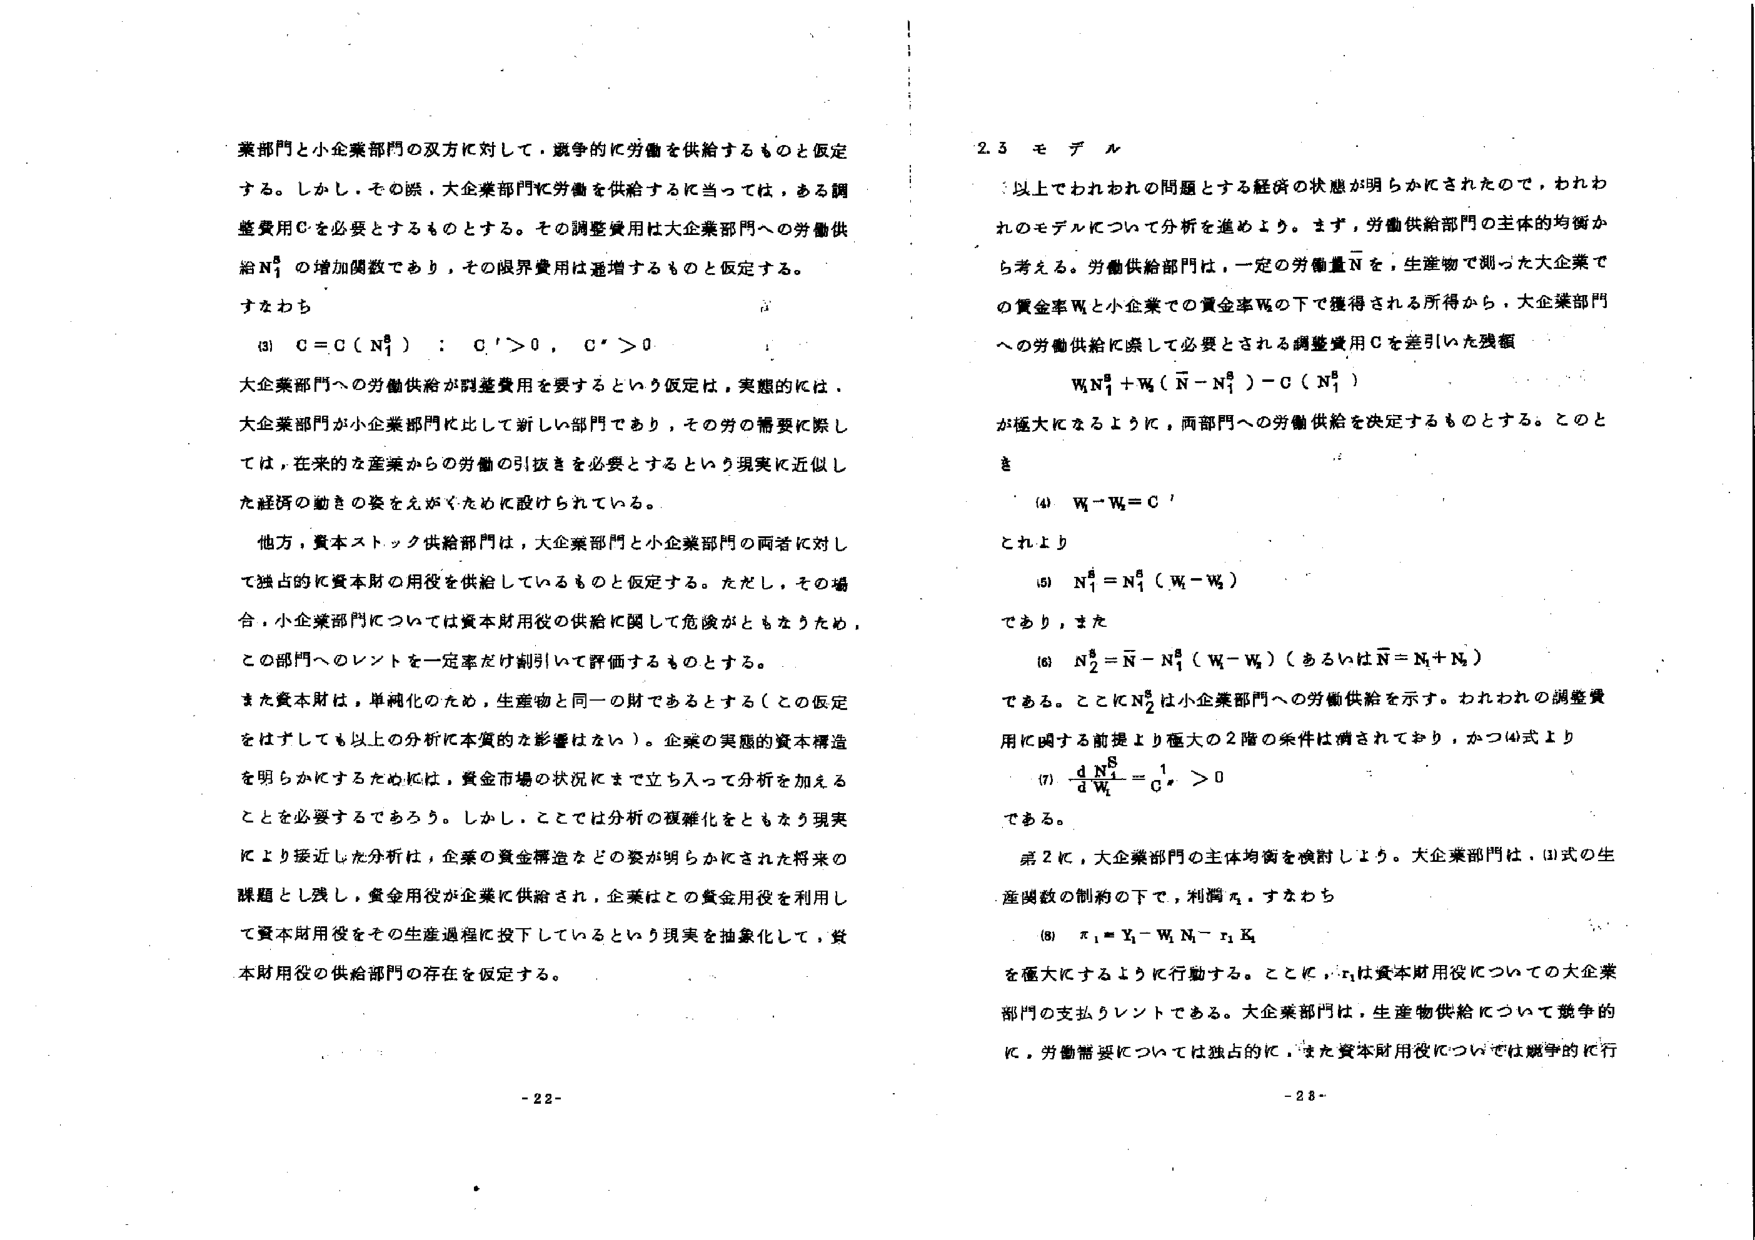
業部門と小企業部門の双方に対して、競争的に労働を供給するものと仮定する。しかし、その際、大企業部門に労働を供給するに当っては、ある調整費用Cを必要とするものとする。その調整費用は大企業部門への労働供給N₁^Bの増加関数であり、その限界費用は逓増するものと仮定する。

すなわち

(3)　C = C ( N₁^B )　:　C' > 0,　C'' > 0

大企業部門への労働供給が調整費用を要するという仮定は、実態的には、大企業部門が小企業部門に比して新しい部門であり、その労の需要に際しては、在来的産業からの労働の引抜きを必要とするという現実に近似した経済の動きの姿をえがくために設けられている。

他方、資本ストック供給部門は、大企業部門と小企業部門の両者に対して独占的に資本財の用役を供給しているものと仮定する。ただし、その場合、小企業部門については資本財用役の供給に関して危険がともなうため、この部門へのレントを一定率だけ割引いて評価するものとする。

また資本財は、単純化のため、生産物と同一の財であるとする（この仮定をはずしても以上の分析に本質的な影響はない）。企業の実態的資本構造を明らかにするためには、資金市場の状況にまで立ち入って分析を加えることを必要とするであろう。しかし、ここでは分析の複雑化をともなう現実により接近した分析は、企業の資金構造などの姿が明らかにされた将来の課題とし残し、資金用役が企業に供給され、企業はこの資金用役を利用して資本財用役をその生産過程に投下しているという現実を抽象化して、資本財用役の供給部門の存在を仮定する。

- 22 -

2.3 モデル

以上でわれわれの問題とする経済の状態が明らかにされたので、われわれのモデルについて分析を進めよう。まず、労働供給部門の主体的均衡から考える。労働供給部門は、一定の労働量N̄を、生産物で測った大企業での賃金率W_Lと小企業での賃金率W_Sの下で獲得される所得から、大企業部門への労働供給に際して必要とされる調整費用Cを差引いた残額

W_L N₁^B + W_S ( N̄ - N₁^B ) - C ( N₁^B )

が極大になるように、両部門への労働供給を決定するものとする。このとき

(4)　W_L - W_S = C'

これより

(5)　N₁^B = N₁^B ( W_L - W_S )

であり、また

(6)　N₂^B = N̄ - N₁^B ( W_L - W_S ) （あるいは N̄ = N₁^B + N₂^B）

である。ここにN₂^Bは小企業部門への労働供給を示す。われわれの調整費用に関する前提より極大の2階の条件は満されており、かつ(4)式より

(7)　d N₁^B / d W_L = 1 / C'' > 0

である。

第2に、大企業部門の主体的均衡を検討しよう。大企業部門は、(1)式の生産関数の制約の下で、利潤π₁を極大にするように行動する。すなわち

(8)　π₁ = Y₁ - W_L N₁ - r₁ K₁

を極大にするように行動する。ここに、r₁は資本財用役についての大企業部門の支払うレントである。大企業部門は、生産物供給については競争的に、労働需要については独占的に、また資本財用役については競争的に行

- 28 -